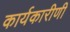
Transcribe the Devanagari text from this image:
कार्यकारीणी